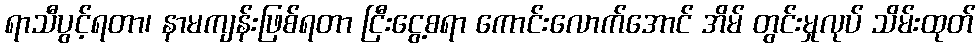
ရာသီပွင့်ရတာ၊ နာမကျန်းဖြစ်ရတာ ငြီးငွေ့စရာ ကောင်းလောက်အောင် အိမ် တွင်းမှုလုပ် သိမ်းထုတ်